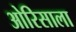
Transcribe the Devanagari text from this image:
ओरिसाला